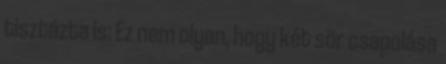
tisztázta is: Ez nem olyan, hogy két sör csapolása